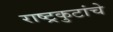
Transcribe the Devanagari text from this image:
राष्ट्रकुटांचे